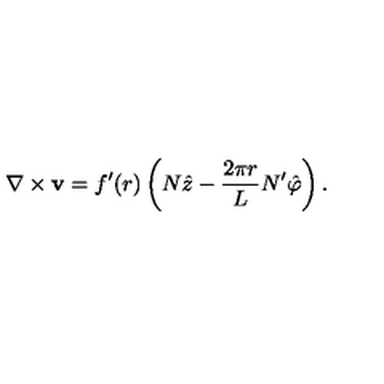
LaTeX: \nabla \times { \bf v } = f ^ { \prime } ( r ) \left( N \hat { z } - \frac { 2 \pi r } L N ^ { \prime } \hat { \varphi } \right) .